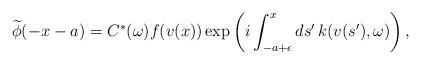
LaTeX: \begin{align*}\widetilde{\phi}(-x-a) = C^*(\omega) f(v(x))\exp\left(i\int_{-a+\epsilon}^{x}ds'\, k(v(s'),\omega)\right),\end{align*}